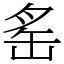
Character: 䍃